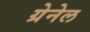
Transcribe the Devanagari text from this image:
ग्रेनेल